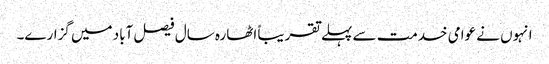
انہوں نے عوامی خدمت سے پہلے تقریباً اٹھارہ سال فیصل آباد میں گزارے۔